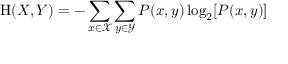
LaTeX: \mathrm { H } ( X , Y ) = - \sum _ { x \in { \mathcal { X } } } \sum _ { y \in { \mathcal { Y } } } P ( x , y ) \log _ { 2 } [ P ( x , y ) ]